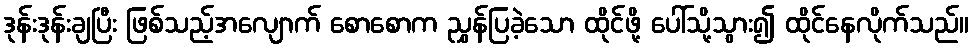
ဒုန်းဒုန်းချပြီး ဖြစ်သည့်အလျောက် စောစောက ညွှန်ပြခဲ့သော ထိုင်ဖို့ ပေါ်သို့သွား၍ ထိုင်နေလိုက်သည်။